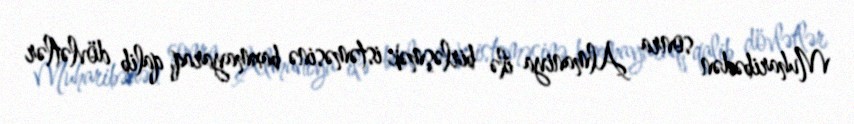
Muharibədən sonra Almaniya ilə birləşmək istəməsinə baxmayaraq, qalib dövlətlər